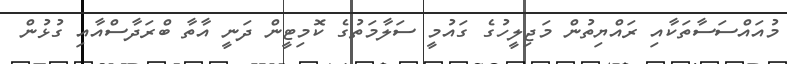
މުއައްސަސާތަކާއި ރައްޔިތުން މަޖިލީހުގެ ގައުމީ ސަލާމަތުގެ ކޮމިޓީން ދަނީ އާތާ ބްރަދާސްއާއި ގުޅުން